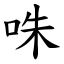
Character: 咮